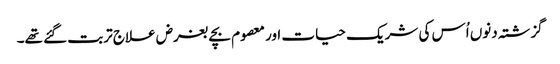
گزشتہ دنوں اُس کی شریک حیات اور معصوم بچے بغرض علاج تربت گئے تھے۔